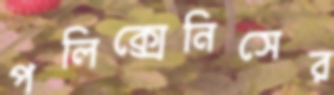
পলিক্সেনিসের